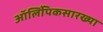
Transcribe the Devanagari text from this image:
ऑलिंपिकसारख्या